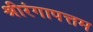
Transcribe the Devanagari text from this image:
श्रीरंगापत्तम